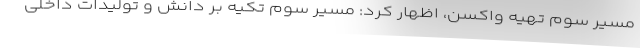
مسیر سوم تهیه واکسن، اظهار کرد: مسیر سوم تکیه بر دانش و تولیدات داخلی